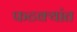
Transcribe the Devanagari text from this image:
फटक्यांत